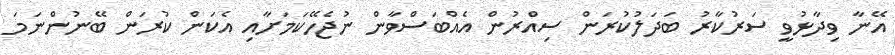
އޭނާ ވިދާޅުވީ ސަރުކާރު ބަދަލުކުރަން ސިއްރުން އެއްބަސްވާން ނުޖެހޭކަމަށާއި އެކަން ކުރަން ބޭނުންނަމަ